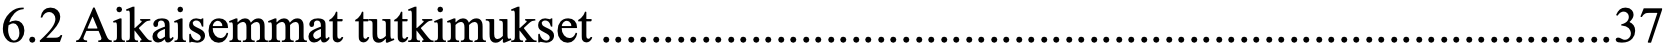
6.2 Aikaisemmat tutkimukset ................................................................................. 37